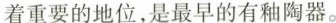
着重要的地位,是最早的有釉陶器。